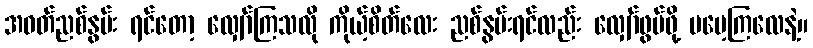
အဝတ်ညစ်နွမ်း ရင်တော့ လျှော်ကြသလို ကိုယ့်စိတ်လေး ညစ်နွမ်းရင်လည်း လျှော်ဖွပ်ဖို့ မမေ့ကြလေနဲ့။